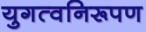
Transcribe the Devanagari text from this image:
युगत्वनिरूपण